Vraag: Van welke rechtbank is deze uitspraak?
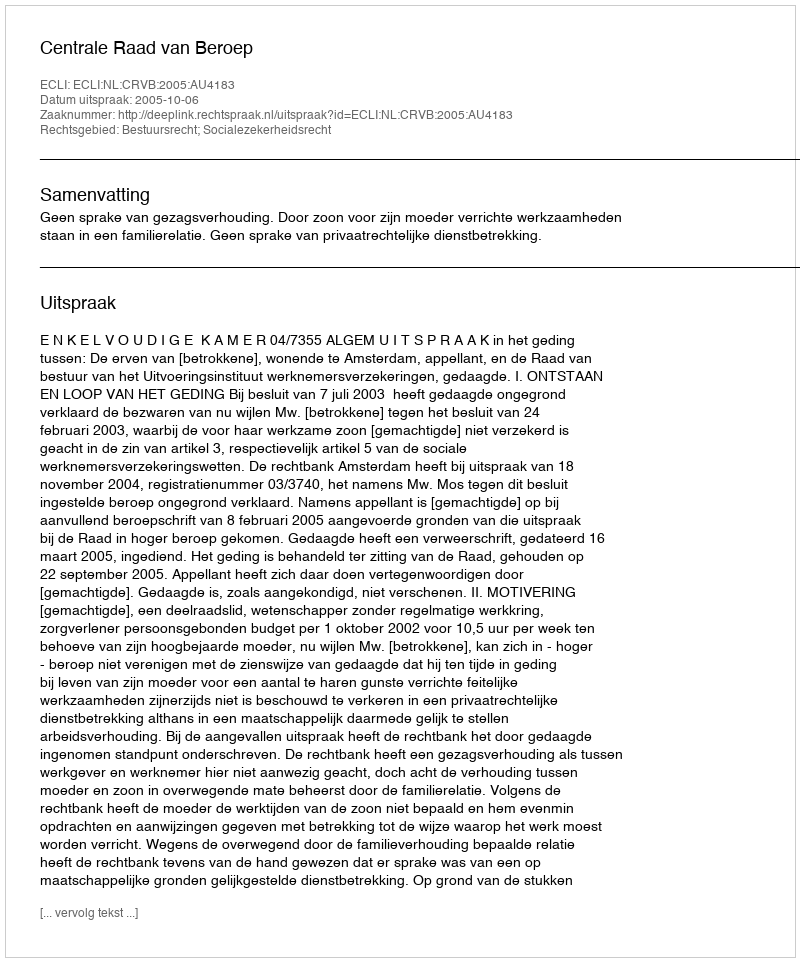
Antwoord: Centrale Raad van Beroep